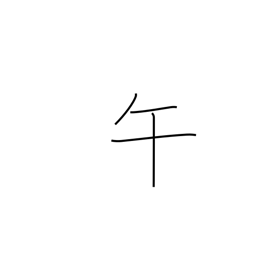
Meaning: 11AM-1PM